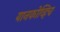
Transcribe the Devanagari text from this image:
यानकोव्हिच